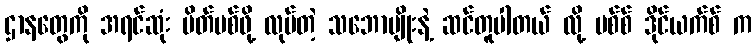
ဌာနတွေကို အရင်ဆုံး ပိတ်ပစ်ဖို့ လုပ်တဲ့ သဘောမျိုးနဲ့ ဆင်တူပါတယ် လို့ မစ်စ် ဒိုင်ယက်စ် က